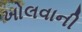
ખોલવાની